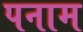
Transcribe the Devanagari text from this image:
पनाम